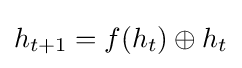
h_{t+1}=f(h_{t})\oplus h_{t}